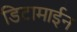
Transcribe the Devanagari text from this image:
डिटामाईन